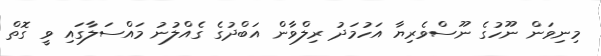
މިނިވަން ނޫހުގެ ނޫސްވެރިޔާ އަހުމަދު ރިލްވާން އަބްދުގެ ގެއްލުނު މައްސަލާގައި ވީ ގޮތް